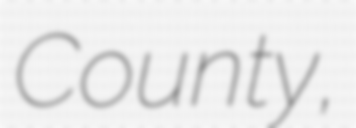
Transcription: County,